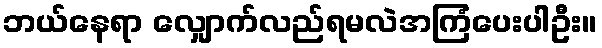
ဘယ်နေရာ လျှောက်လည်ရမလဲအကြံပေးပါဦး။